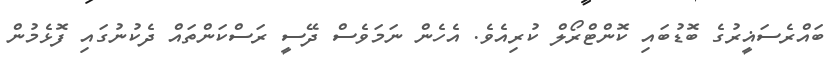
ބައްރެސަޣީރުގެ ބޮޑުބައި ކޮންޓްރޯލް ކުރިއެވެ. އެހެން ނަމަވެސް ދޭސީ ރަސްކަންތައް ދެކުނުގައި ފޮޅެމުން